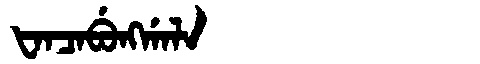
Manchu: ᡶᠠᠨᠴᠠᠪᡠᠩᡤᠠᠯᠠ
Romanization: FANCABUNGGALA